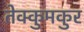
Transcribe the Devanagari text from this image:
तेक्कुमकुर